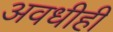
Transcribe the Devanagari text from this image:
अवधीही